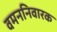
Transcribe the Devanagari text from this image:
वमननिवारक